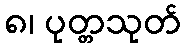
၈၊ ပုတ္တသုတ်